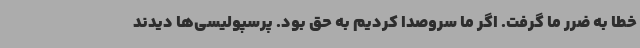
خطا به ضرر ما گرفت. اگر ما سروصدا کردیم به حق بود. پرسپولیسی‌ها دیدند